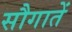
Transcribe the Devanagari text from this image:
सौगातें